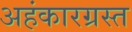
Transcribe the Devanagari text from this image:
अहंकारग्रस्त